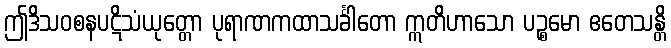
ဤဒိသဝစနပဋိသံယုတ္တော ပုရာဏကထာသင်္ခါတော ဣတိဟာသော ပဉ္စမော ဧတေသန္တိ